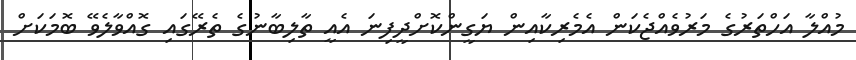
މުއްލާ އަހްތަރުގެ މަރުވެއްޖެކަން އެމެރިކާއިން ޔަގީންކޮށްދީފިނަ އެއީ ތާލިބާނުގެ ތެރޭގައި ގޮއްވާލެވޭ ބޮމަކަށް